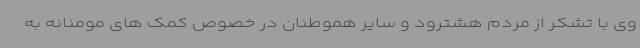
وی با تشکر از مردم هشترود و سایر هموطنان در خصوص کمک های مومنانه به